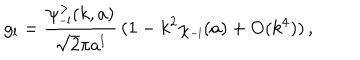
g _ { l } = \frac { \psi _ { \scriptscriptstyle { - l } } ^ { > } ( k , a ) } { \sqrt 2 \pi a ^ { l } } \, ( 1 - k ^ { 2 } \chi _ { \scriptscriptstyle { - l } } ( a ) + \mathrm { O } ( k ^ { 4 } ) ) \, ,